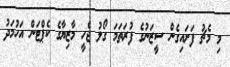
މި މެޗު ފަށައިގެން ސީޒަނުގެ ފުރަތަމަ ގޯލު ޖެހީ މާޒިޔާގެ ކެޕްޓަން އަހުމަދު